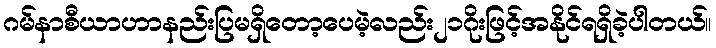
ဂမ်နာစီယာဟာနည်းပြမရှိတော့ပေမဲ့လည်း၂၁ဂိုးဖြင့်အနိုင်ရရှိခဲ့ပါတယ်။